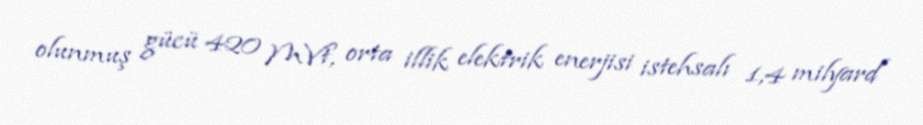
olunmuş gücü 420 MVt, orta illik elektrik enerjisi istehsalı 1,4 milyard